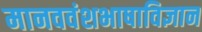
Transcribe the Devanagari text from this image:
मानववंशभाषाविज्ञान